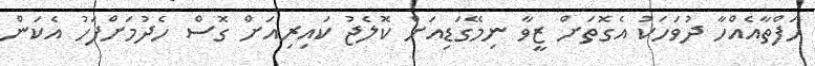
ހަފްތާއެއްހާ ދުވަހަކު އެގޮތަށް ޒީވާ ނިމޭގަޑިއަށް ކޮލެޖު ކައިރިއަށް ގޮސް ހެދުމަށްފަހު އެކަން